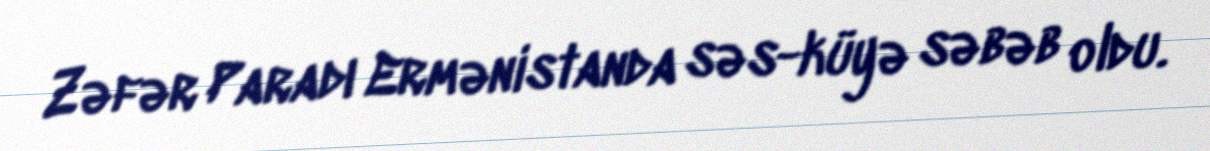
Zəfər Paradı Ermənistanda səs-küyə səbəb oldu.